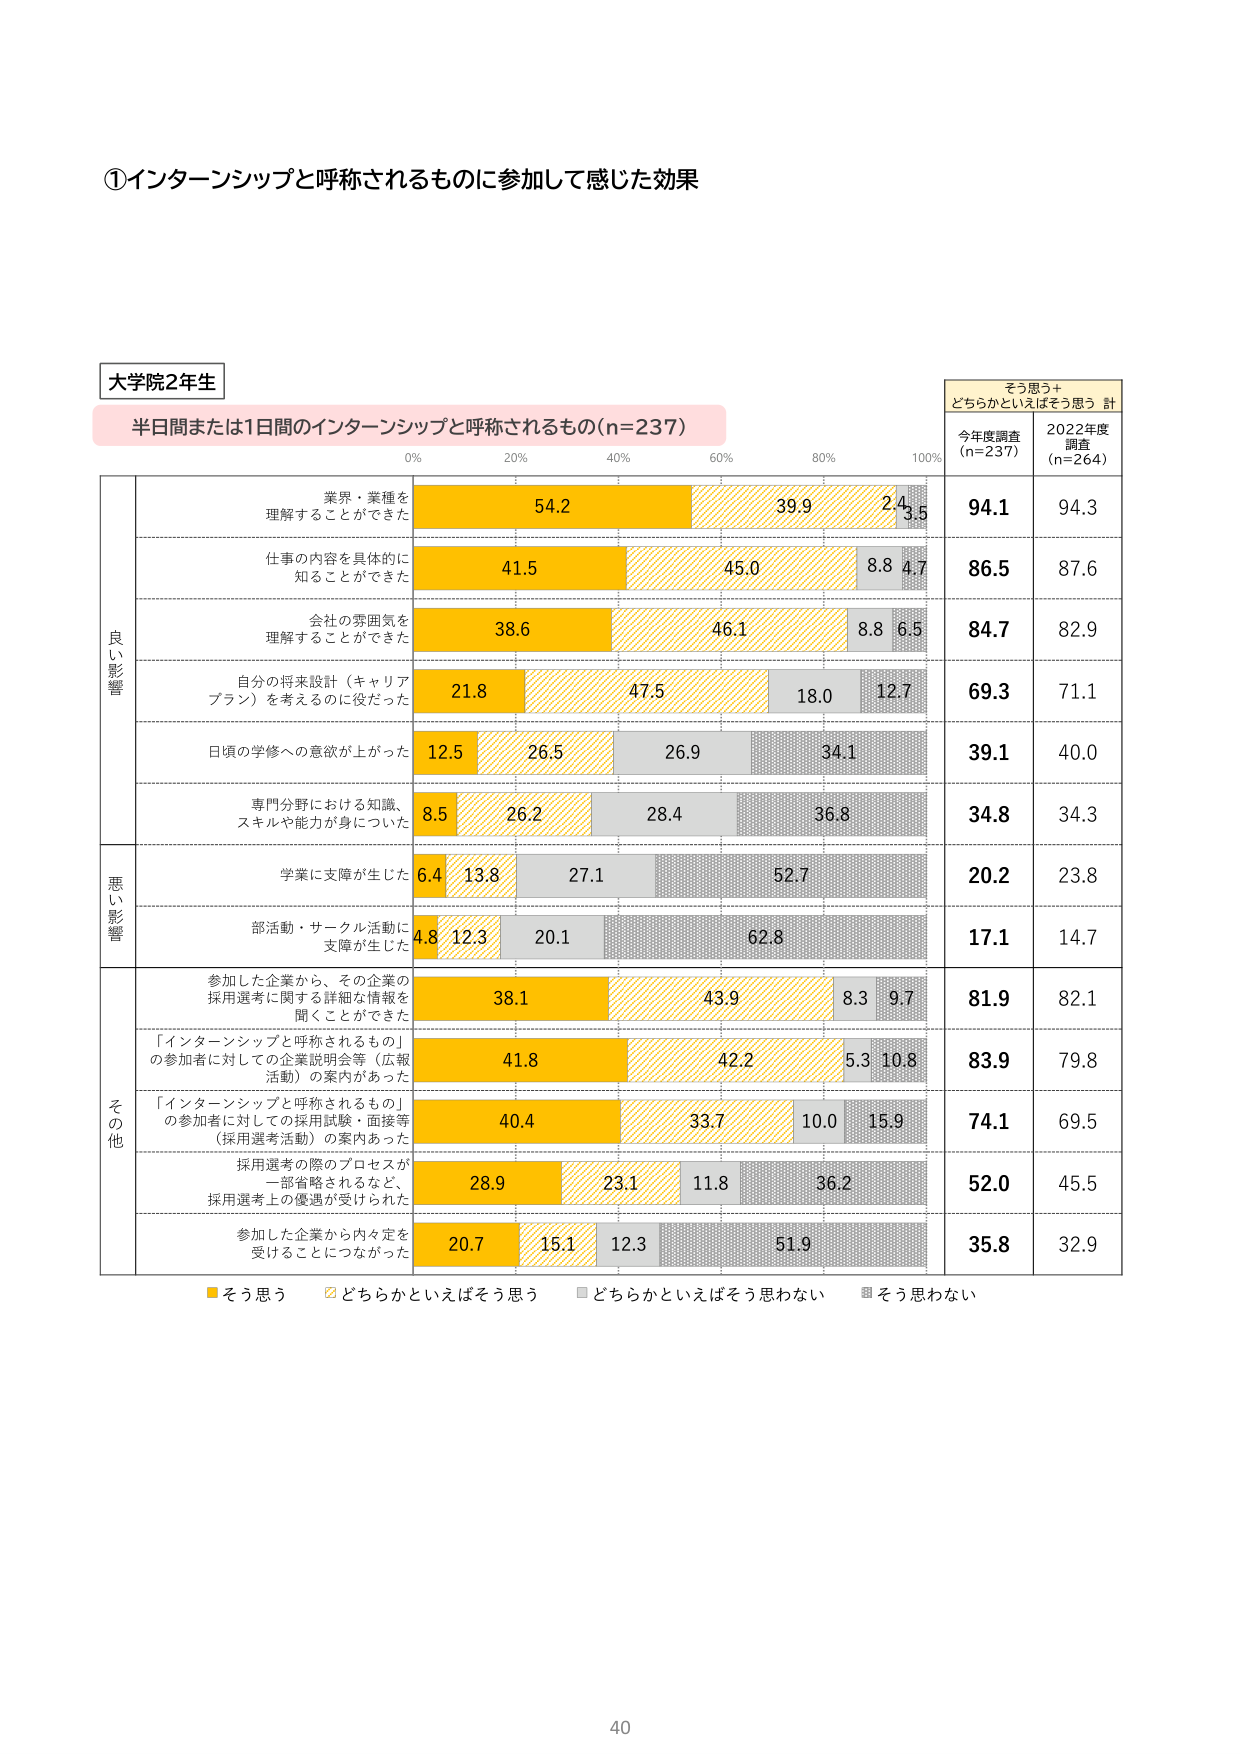
①インターンシップと呼称されるものに参加して感じた効果

大学院2年生

半日間または1日間のインターンシップと呼称されるもの(n=237)

0% 20% 40% 60% 80% 100%

そう思う＋どちらかといえばそう思う 計
今年度調査 (n=237) 2022年度調査 (n=264)

良い影響
業界・業種を理解することができた 54.2 39.9 2.4 3.5 94.1 94.3
仕事の内容を具体的に知ることができた 41.5 45.0 8.8 4.7 86.5 87.6
会社の雰囲気を理解することができた 38.6 46.1 8.8 6.5 84.7 82.9
自分の将来設計（キャリアプラン）を考えるのに役だった 21.8 47.5 18.0 12.7 69.3 71.1
日頃の学修への意欲が上がった 12.5 26.5 26.9 34.1 39.1 40.0
専門分野における知識、スキルや能力が身についた 8.5 26.2 28.4 36.8 34.8 34.3

悪い影響
学業に支障が生じた 6.4 13.8 27.1 52.7 20.2 23.8
部活動・サークル活動に支障が生じた 4.8 12.3 20.1 62.8 17.1 14.7

その他
参加した企業から、その企業の採用選考に関する詳細な情報を聞くことができた 38.1 43.9 8.3 9.7 81.9 82.1
「インターンシップと呼称されるもの」の参加者に対しての企業説明会等（広報活動）の案内があった 41.8 42.2 5.3 10.8 83.9 79.8
「インターンシップと呼称されるもの」の参加者に対しての採用試験・面接等（採用選考活動）の案内あった 40.4 33.7 10.0 15.9 74.1 69.5
採用選考の際のプロセスが一部省略されるなど、採用選考上の優遇が受けられた 28.9 23.1 11.8 36.2 52.0 45.5
参加した企業から内々定を受けることにつながった 20.7 15.1 12.3 51.9 35.8 32.9

■そう思う □どちらかといえばそう思う ■どちらかといえばそう思わない ■そう思わない

40